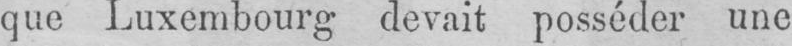
que Luxembourg devait posséder une